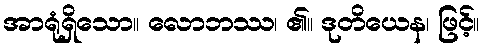
အာရုံရှိသော။ လောဘဿ၊ ၏။ ဒုတိယေန၊ ဖြင့်။